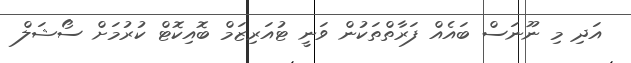
އަދި މި ނޫނަސް ބައެއް ފަރާތްތަކުން ވަނީ ޓުއަރިޒަމް ބޮއިކޮޓް ކުރުމަށް ސޯޝަލް